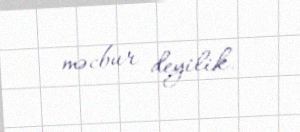
məcbur deyilik.